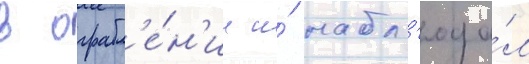
в ограбл'е́н'ии и́ набл'юда́л